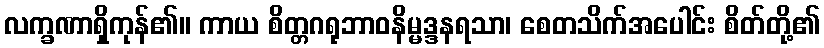
လက္ခဏာရှိကုန်၏။ ကာယ စိတ္တဂရုဘာဝနိမ္မဒ္ဒနရသာ၊ စေတသိက်အပေါင်း စိတ်တို့၏